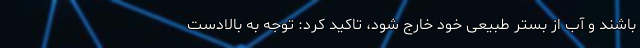
باشند و آب از بستر طبیعی خود خارج شود، تاکید کرد: توجه به بالادست